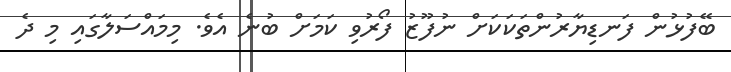
ބޭފުޅުން ފަނޑިޔާރުންތަކަކަށް ނުފޫޒު ފޯރުވި ކަމަށް ބުނެ އެވެ. މިމައްސަލާގައި މި ދެ